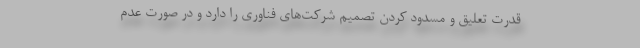
قدرت تعلیق و مسدود کردن تصمیم شرکت‌های فناوری را دارد و در صورت عدم